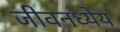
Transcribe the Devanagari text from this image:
जीवनध्येय